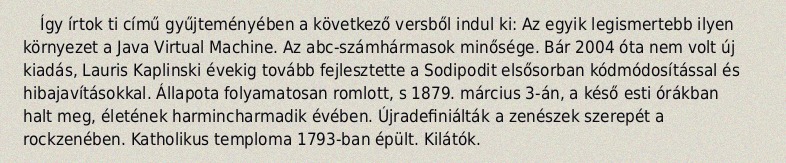
Így írtok ti című gyűjteményében a következő versből indul ki: Az egyik legismertebb ilyen környezet a Java Virtual Machine. Az abc-számhármasok minősége. Bár 2004 óta nem volt új kiadás, Lauris Kaplinski évekig tovább fejlesztette a Sodipodit elsősorban kódmódosítással és hibajavításokkal. Állapota folyamatosan romlott, s 1879. március 3-án, a késő esti órákban halt meg, életének harmincharmadik évében. Újradefiniálták a zenészek szerepét a rockzenében. Katholikus temploma 1793-ban épült. Kilátók.